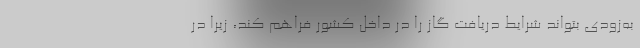
به‌زودی بتواند شرایط دریافت گاز را در داخل کشور فراهم کند، زیرا در